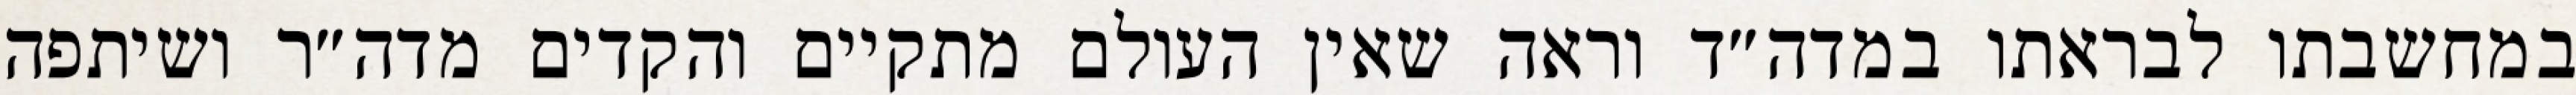
במחשבתו לבראתו במדה״ד וראה שאין העולם מתקיים והקדים מדה״ר ושיתפה